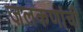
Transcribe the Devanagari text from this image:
जलकणांची